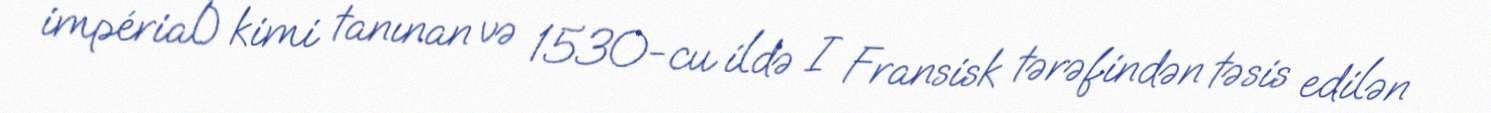
impérial) kimi tanınan və 1530-cu ildə I Fransisk tərəfindən təsis edilən